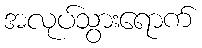
အလုပ်သွားရောက်